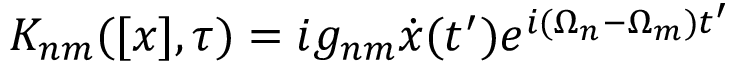
K _ { n m } ( [ x ] , \tau ) = i g _ { n m } \dot { x } ( t ^ { \prime } ) e ^ { i ( \Omega _ { n } - \Omega _ { m } ) t ^ { \prime } }